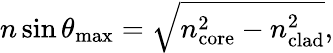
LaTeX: n\sin\theta_{\operatorname*{max}}={\sqrt{n_{\mathrm{core}}^{2}-n_{\mathrm{clad}}^{2}}},